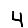
Digit: 4